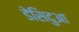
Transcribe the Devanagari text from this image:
डेसिदुआ